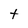
Character: t